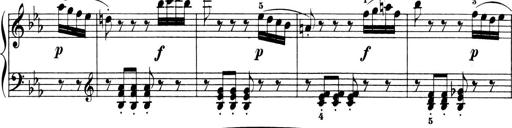
Title: 6 Piano Sonatinas
Composer: Cornelius Gurlitt